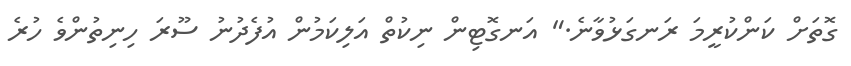
ގޮތަށް ކަންކުރީމަ ރަނގަޅުވާނެ." އަނގޮޓިން ނިކުތް އަލިކަމުން އުފެދުނު ސޫރަ ހިނިތުންވެ ހުރެ